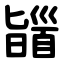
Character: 䭬